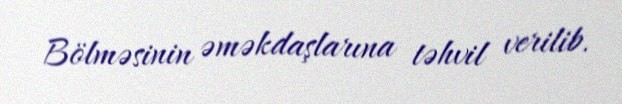
Bölməsinin əməkdaşlarına təhvil verilib.